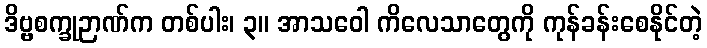
ဒိဗ္ဗစက္ခုဉာဏ်က တစ်ပါး၊ ၃။ အာသဝေါ ကိလေသာတွေကို ကုန်ခန်းစေနိုင်တဲ့